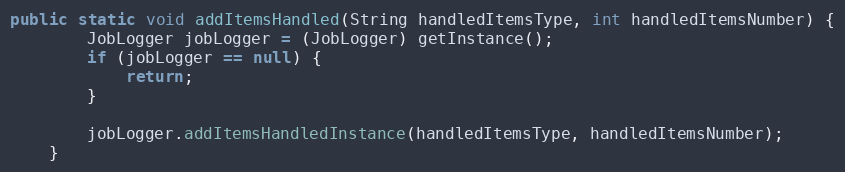
Language: Java
public static void addItemsHandled(String handledItemsType, int handledItemsNumber) {
    	JobLogger jobLogger = (JobLogger) getInstance();
        if (jobLogger == null) {
            return;
        }

        jobLogger.addItemsHandledInstance(handledItemsType, handledItemsNumber);
    }